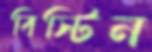
বিস্টিন